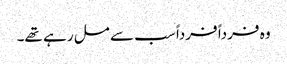
وہ فرداً فرداً سب سے مل رہے تھے۔